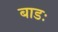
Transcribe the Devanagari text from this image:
बाडः